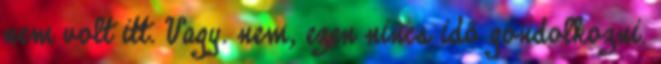
nem volt itt. Vagy. nem, ezen nincs idő gondolkozni.